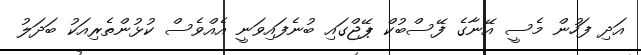
އަދި ފަހުން މެސީ އޭނާގެ ފޭސްބުކް ޕޭޖްގައި ބުނެފައިވަނީ އެއްވެސް ކުޅުންތެރިއަކު ބަދަލު